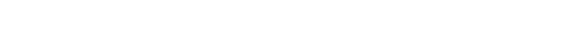
ကိုယ်ဟာရောဂါဖြစ်လို့ရှိရင် သာမန်လက္ခဏာပဲဖြစ်မယ်၊ သိပ်မဆိုးဘူး၊ ရောဂါလက္ခဏာလည်း